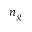
n _ { g }